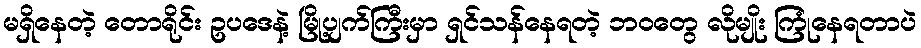
မရှိနေတဲ့ တောရိုင်း ဥပဒေနဲ့ မြို့ပျက်ကြီးမှာ ရှင်သန်နေရတဲ့ ဘဝတွေ လိုမျိုး ကြုံနေရတာပဲ